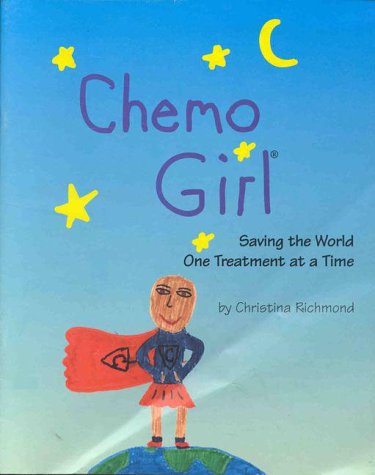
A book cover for Chemo Girl: Saving the World One Treatment at a Time; Christina Richmond; Medical Books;